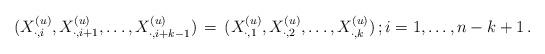
LaTeX: \begin{align*} ( X_{\cdot, i}^{(u)}, X_{\cdot, i+1}^{(u)}, \ldots , X_{\cdot, i+k-1}^{(u)}) \, =\, ( X_{\cdot, 1}^{(u)}, X_{\cdot, 2}^{(u)}, \ldots , X_{\cdot, k}^{(u)}) \, ; i=1, \ldots , n-k +1\, . \end{align*}